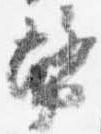
幣